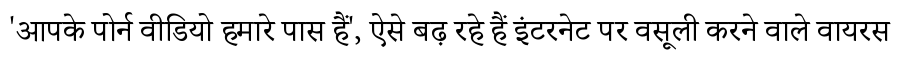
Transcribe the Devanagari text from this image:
'आपके पोर्न वीडियो हमारे पास हैं', ऐसे बढ़ रहे हैं इंटरनेट पर वसूली करने वाले वायरस